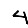
Digit: 4